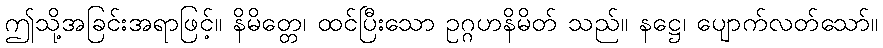
ဤသို့အခြင်းအရာဖြင့်။ နိမိတ္တေ၊ ထင်ပြီးသော ဥဂ္ဂဟနိမိတ် သည်။ နဋ္ဌေ၊ ပျောက်လတ်သော်။